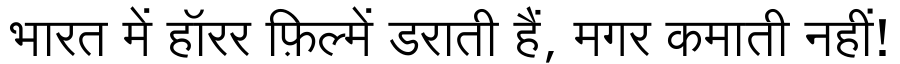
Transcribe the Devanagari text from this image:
भारत में हॉरर फ़िल्में डराती हैं, मगर कमाती नहीं!